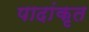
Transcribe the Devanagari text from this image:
पादांकृत